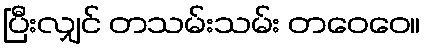
ပြီးလျှင် တသမ်းသမ်း တဝေဝေ။